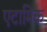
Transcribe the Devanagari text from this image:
एटामिक